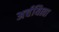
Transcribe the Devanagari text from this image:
अर्चयित्वा